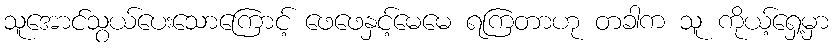
သူအောင်သွယ်ပေးသောကြောင့် ဖေဖေနှင့်မေမေ ရကြတာဟု တခါက သူ ကိုယ့်ရှေ့မှာ